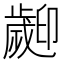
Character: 𣦫